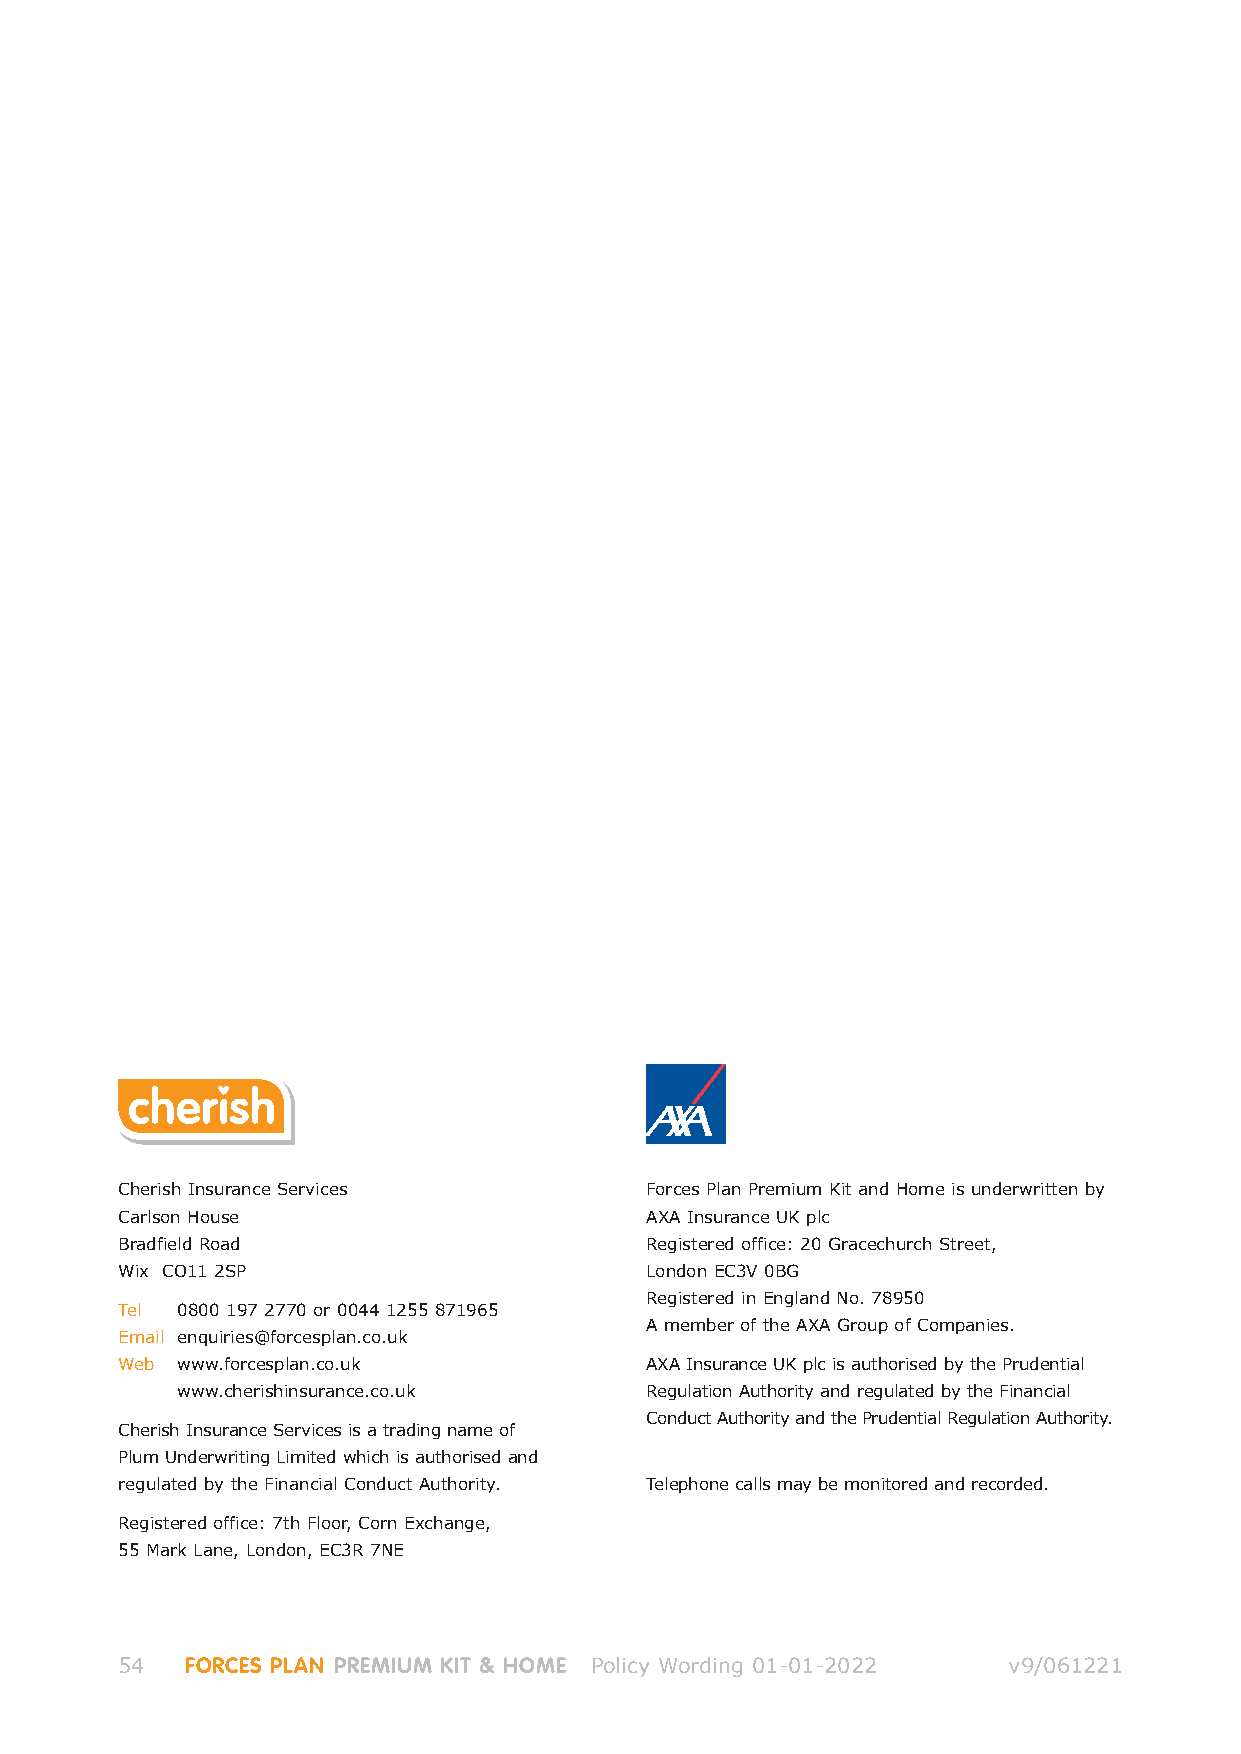
Cherish Insurance Services         Forces Plan Premium Kit and Home is underwritten by
 Carlson House                      AXA Insurance UK plc
 Bradfield Road                     Registered office: 20 Gracechurch Street,
 Wix CO11 2SP                       London EC3V 0BG
 Registered in England No. 78950
 Tel 0800 197 2770 or 0044 1255 871965
 A member of the AXA Group of Companies.
 Email enquiries@forcesplan.co.uk
 Web www.forcesplan.co.uk           AXA Insurance UK plc is authorised by the Prudential
 www.cherishinsurance.co.uk     Regulation Authority and regulated by the Financial
 Conduct Authority and the Prudential Regulation Authority.
 Cherish Insurance Services is a trading name of
 Plum Underwriting Limited which is authorised and
 regulated by the Financial Conduct Authority. Telephone calls may be monitored and recorded.
 Registered office: 7th Floor, Corn Exchange,
 55 Mark Lane, London, EC3R 7NE
 54  FORCES PLAN PREMIUM KIT & HOME Policy Wording 01-01-2022 v9/061221